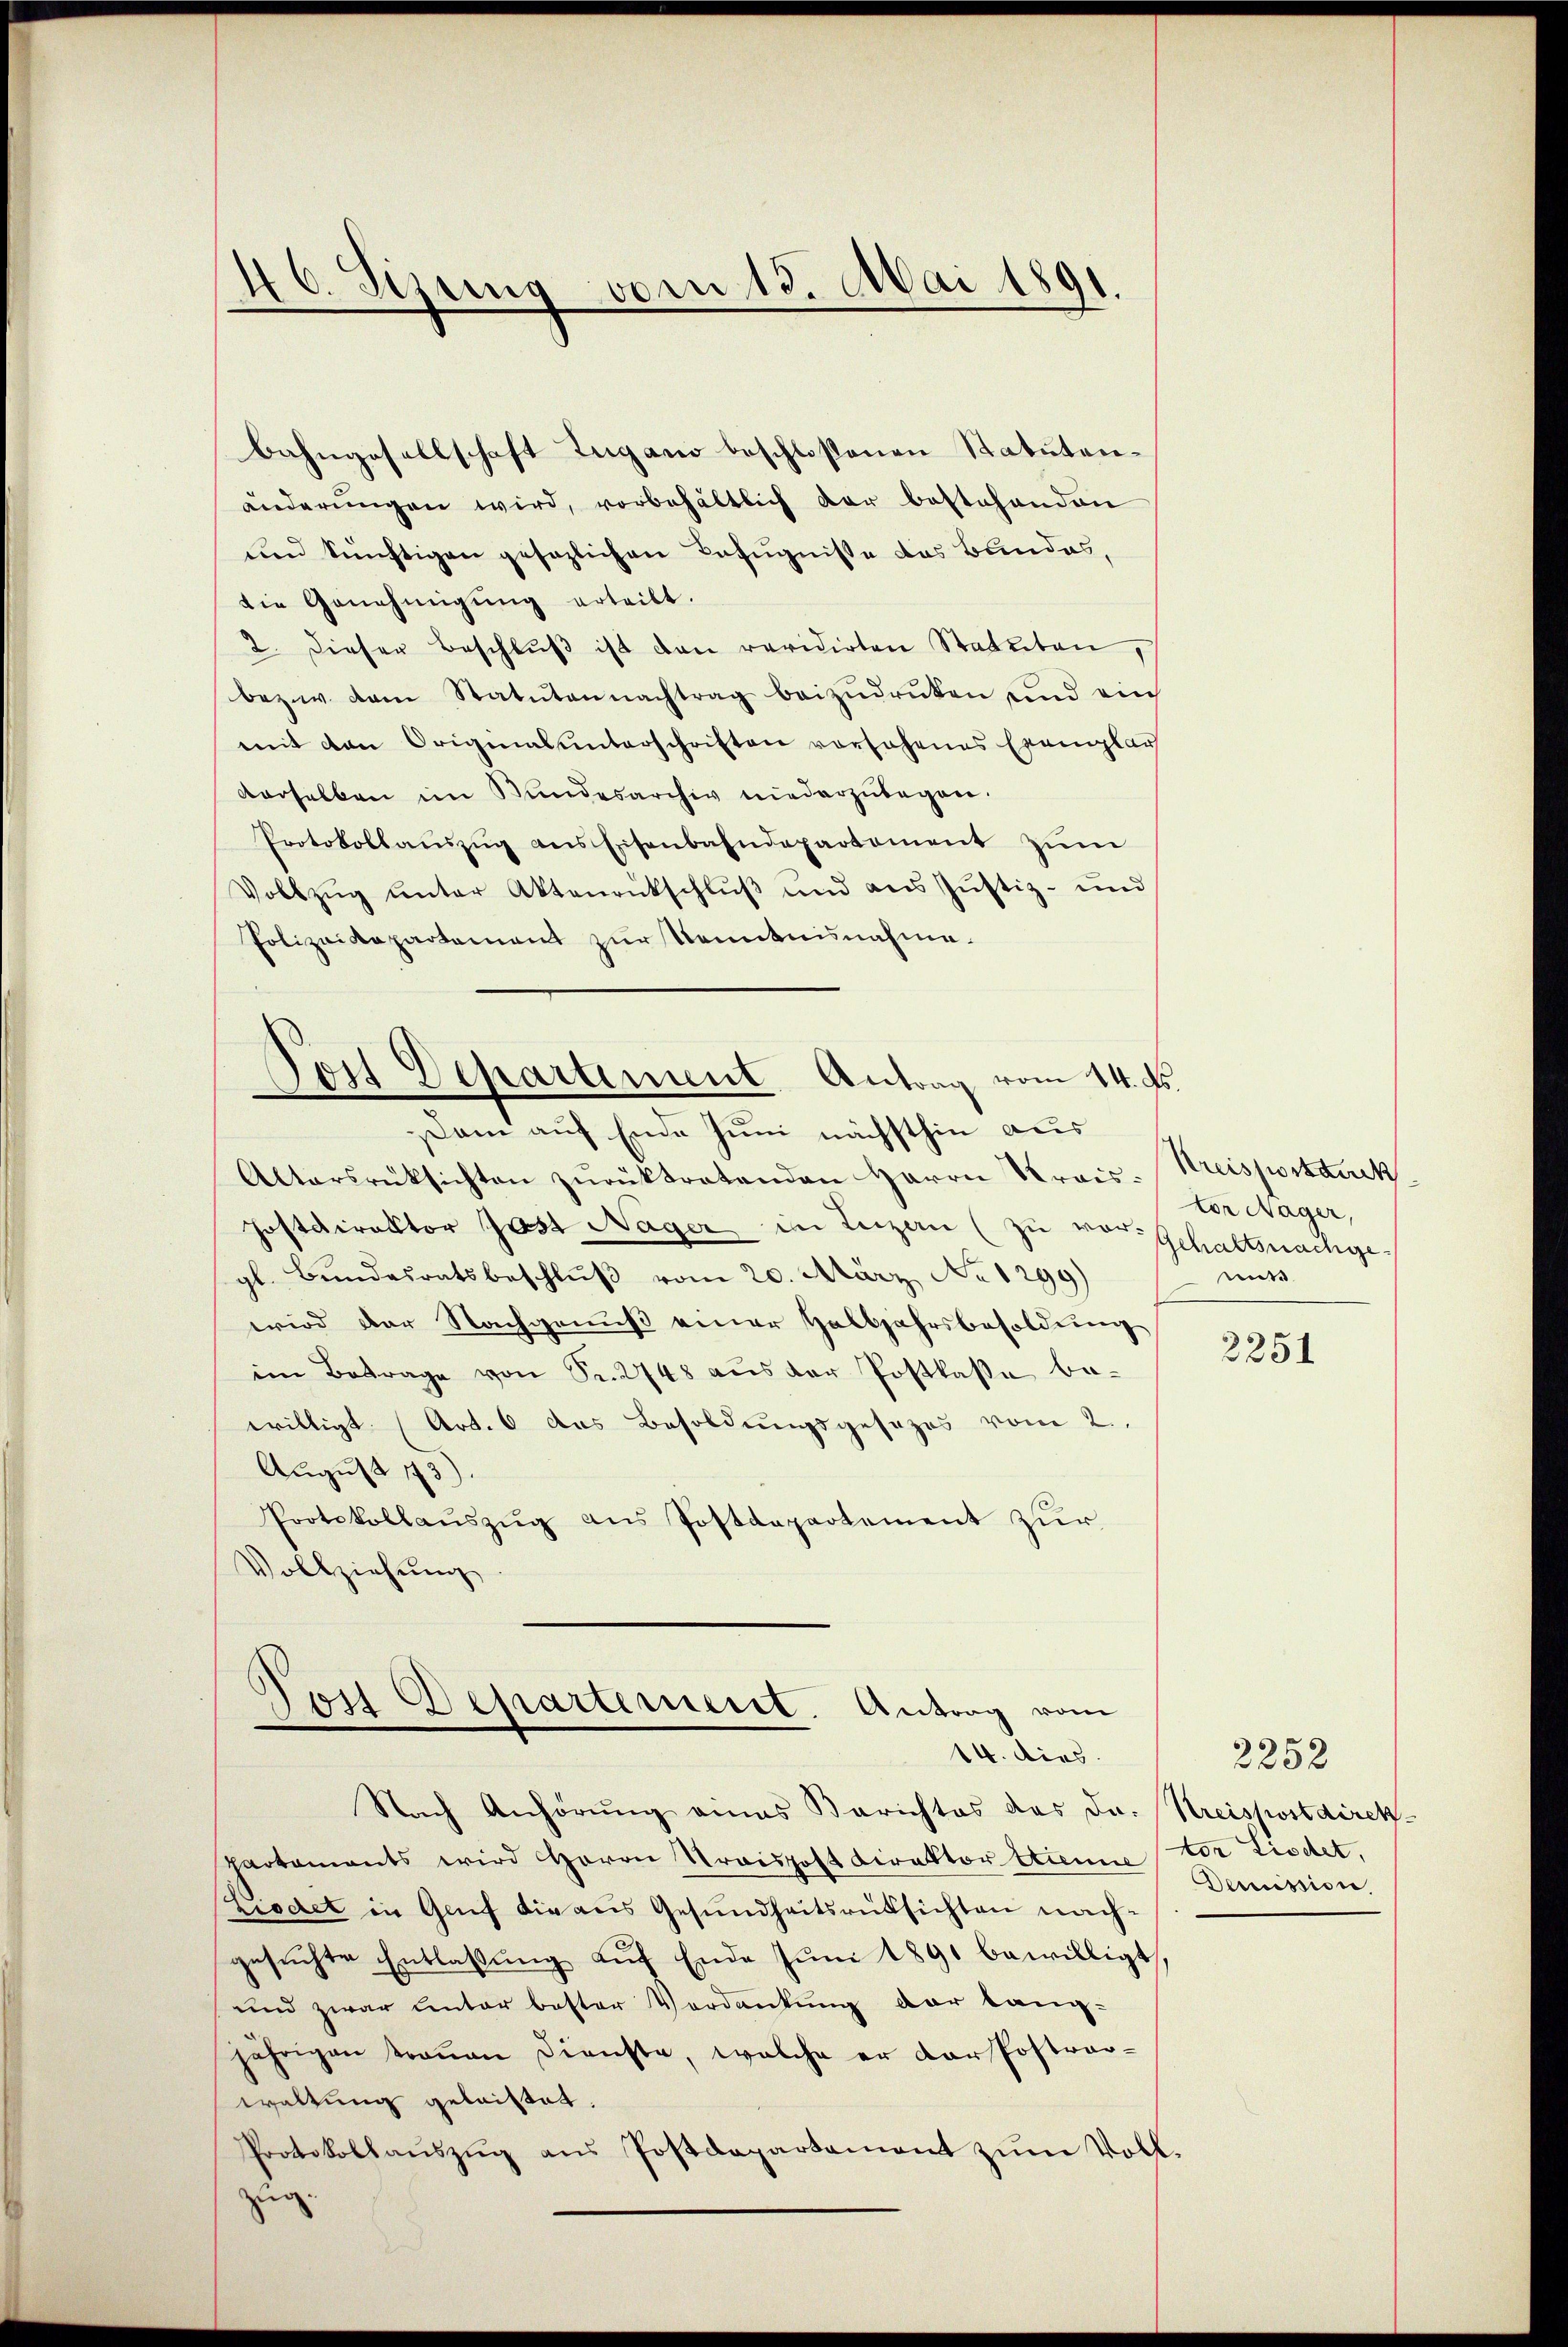
bahngesellschaft Zugano beschloßenen Statutenänderungen wird, vorbehältlich der bestehenden
und künftigen gesezlichen Befugnisse das Bundes,
die Genehmigŭng erteilt.
2. dieser Beschlŭβ ist den revidirten Statuten,
bezw. dem Statuten nachtrag beizŭdrüken und ein
mit den Originalunterschriften vorsehenes Exemplar
verselben im Wundesarchiv niederzŭbegon¬
Protokollaŭszŭg ans Eisenbahndepartement zŭm
Vollzŭg ŭnter Aktenrückschlŭβ und aus Justiz- und
Polizeidepartement zur Kenntnisnahme.

46. Sizung von 18. Mai 1891.

Pois Departement Antrag vom 14. d.
ani auf Ende Juni nächsthin aus

Jost Departement. Antrag vom
14. dies

Altersrüksichten zŭrücktratenden Herrn Preis: Kreispostdeck
Postdirektor Jost Nager in Luzern (zu vor Gehaltsnachgegl. Bundesratsbeschluß vom 20. März, No 1299)
wird der Nachgenuß einer Halbjahrsbesoldung
im Betrage von Fr. 2748 aus der Postkasse bewilligt (Art. 6 das Besoldungsgesezes vom 2.,
August 173).
Protokollaŭszŭg ans Postdepartement zur
Vollziehung

Nach Anhörung eines Berichtes des Dr. Kreispostdirekpartaments wird Herrn Stroispost Direktor Etienne dr Liedet,
Liodet in Genf die aus Gesundheitsrüksichten nachgesuchte Entlaßung auf Ende Juni 1891 bewilligt,
und zwar unter bester Verdankŭng der lang-
jährigen trauen Dienste, welche er der Postrar-
waltung geleistet.
Protokollaŭszŭg ans Postdepartament zŭm Voll-
g.

tor Nager,
mite

2251

2252
Demission.